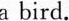
a bird.